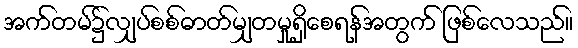
အက်တမ်၌လျှပ်စစ်ဓာတ်မျှတမှုရှိစေရန်အတွက် ဖြစ်လေသည်။